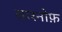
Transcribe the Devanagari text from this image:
सारनोफ़